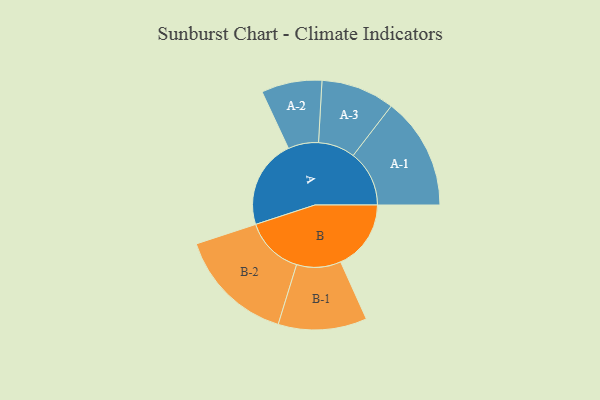
{"axis": {"x": "Segment", "y": "Value"}, "legend": ["", "A", "B"], "data": [{"x": "A", "y": 355, "type": ""}, {"x": "B", "y": 281, "type": ""}, {"x": "A-1", "y": 224, "type": "A"}, {"x": "A-2", "y": 121, "type": "A"}, {"x": "A-3", "y": 147, "type": "A"}, {"x": "B-1", "y": 177, "type": "B"}, {"x": "B-2", "y": 234, "type": "B"}]}